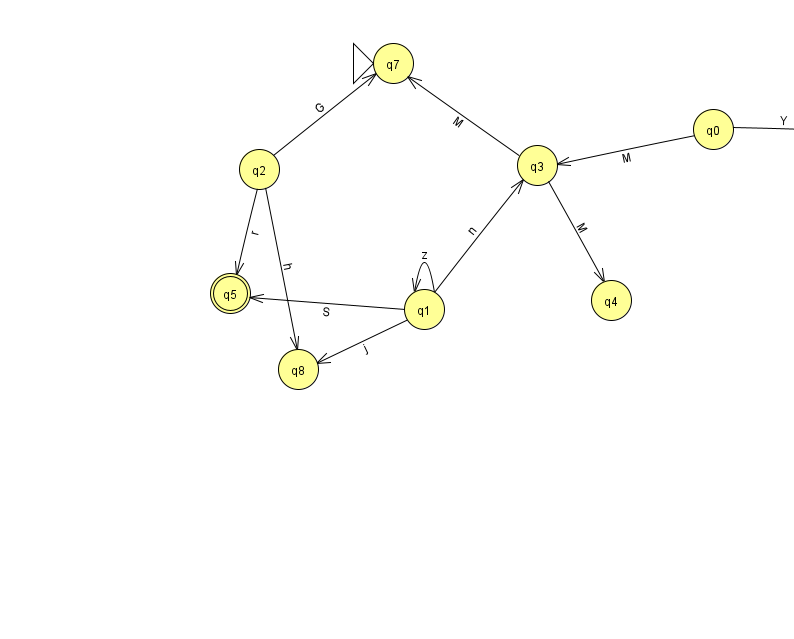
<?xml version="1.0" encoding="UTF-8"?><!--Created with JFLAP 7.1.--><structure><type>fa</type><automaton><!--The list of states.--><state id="0" name="q0"><x>713.0</x><y>116.0</y></state><state id="1" name="q1"><x>424.0</x><y>296.0</y></state><state id="2" name="q2"><x>259.0</x><y>156.0</y></state><state id="3" name="q3"><x>537.0</x><y>152.0</y></state><state id="4" name="q4"><x>611.0</x><y>287.0</y></state><state id="5" name="q5"><x>230.0</x><y>280.0</y><final/></state><state id="6" name="q6"><x>853.0</x><y>119.0</y></state><state id="7" name="q7"><x>393.0</x><y>50.0</y><initial/></state><state id="8" name="q8"><x>298.0</x><y>356.0</y></state><!--The list of transitions.--><transition><from>1</from><to>3</to><read>n</read></transition><transition><from>2</from><to>5</to><read>r</read></transition><transition><from>0</from><to>6</to><read>Y</read></transition><transition><from>1</from><to>8</to><read>j</read></transition><transition><from>2</from><to>8</to><read>h</read></transition><transition><from>0</from><to>3</to><read>M</read></transition><transition><from>1</from><to>5</to><read>S</read></transition><transition><from>2</from><to>7</to><read>G</read></transition><transition><from>1</from><to>1</to><read>z</read></transition><transition><from>3</from><to>4</to><read>M</read></transition><transition><from>3</from><to>7</to><read>M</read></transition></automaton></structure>